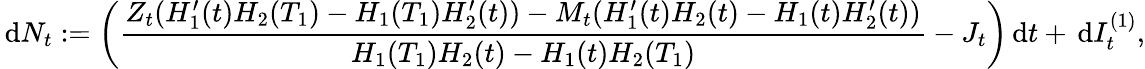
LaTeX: \, \mathrm{d}N_{t}:=\left(\frac{Z_{t}(H_{1}^{\prime}(t)H_{2}(T_{1})-H_{1}(T_{1})H_{2}^{\prime}(t))-M_{t}(H_{1}^{\prime}(t)H_{2}(t)-H_{1}(t)H_{2}^{\prime}(t))}{H_{1}(T_{1})H_{2}(t)-H_{1}(t)H_{2}(T_{1})}-J_{t}\right)\, \mathrm{d}t+\, \mathrm{d}I_{t}^{(1)},